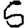
Digit: 5